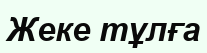
Жеке тұлға